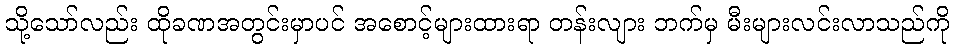
သို့သော်လည်း ထိုခဏအတွင်းမှာပင် အစောင့်များထားရာ တန်းလျား ဘက်မှ မီးများလင်းလာသည်ကို